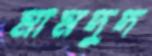
মামদুদ